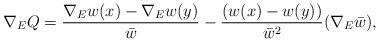
LaTeX: \begin{align*} \nabla_E Q = \frac{\nabla_E w(x) - \nabla_E w(y)}{\bar{w}} - \frac{(w(x) - w(y))}{\bar{w}^2}(\nabla_E\bar{w}), \end{align*}